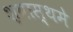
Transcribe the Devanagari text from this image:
श्वास्थमे